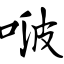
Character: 啵